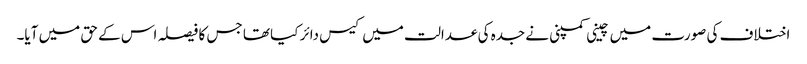
اختلاف کی صورت میں چینی کمپنی نے جدہ کی عدالت میں کیس دائر کیا تھا جس کا فیصلہ اس کے حق میں آیا۔